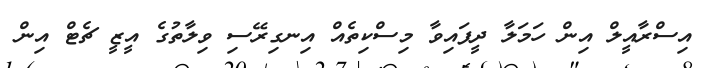
އިސްރާއީލް އިން ހަމަލާ ދީފައިވާ މިސްކިތެއް އިނގިރޭސި ވިލާތުގެ އީޒީ ޗެޓް އިން